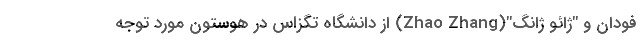
فودان و "ژائو ژانگ"(Zhao Zhang) از دانشگاه تگزاس در هوستون مورد توجه